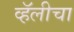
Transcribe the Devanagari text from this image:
व्हॅलीचा